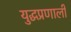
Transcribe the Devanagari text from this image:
युद्धप्रणाली